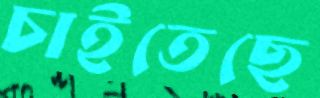
চাইতেছে